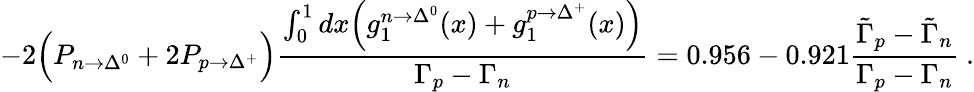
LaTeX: -2\Big(P_{n\rightarrow\Delta^{0}}+2P_{p\rightarrow\Delta^{+}}\Big)\frac{\int_{0}^{1}dx\Big(g_{1}^{n\rightarrow\Delta^{0}}(x)+g_{1}^{p\rightarrow\Delta^{+}}(x)\Big)}{\Gamma_{p}-\Gamma_{n}}=0.956-0.921\frac{\tilde{\Gamma}_{p}-\tilde{\Gamma}_{n}}{\Gamma_{p}-\Gamma_{n}}\ .